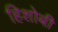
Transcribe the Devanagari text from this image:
हिशोबी